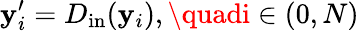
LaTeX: \mathbf{y}_{i}^{\prime}=D_{\mathrm{{in}}}(\mathbf{y}_{i}),\quadi\in(0,N)